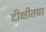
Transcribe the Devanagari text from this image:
दीक्षीतचा